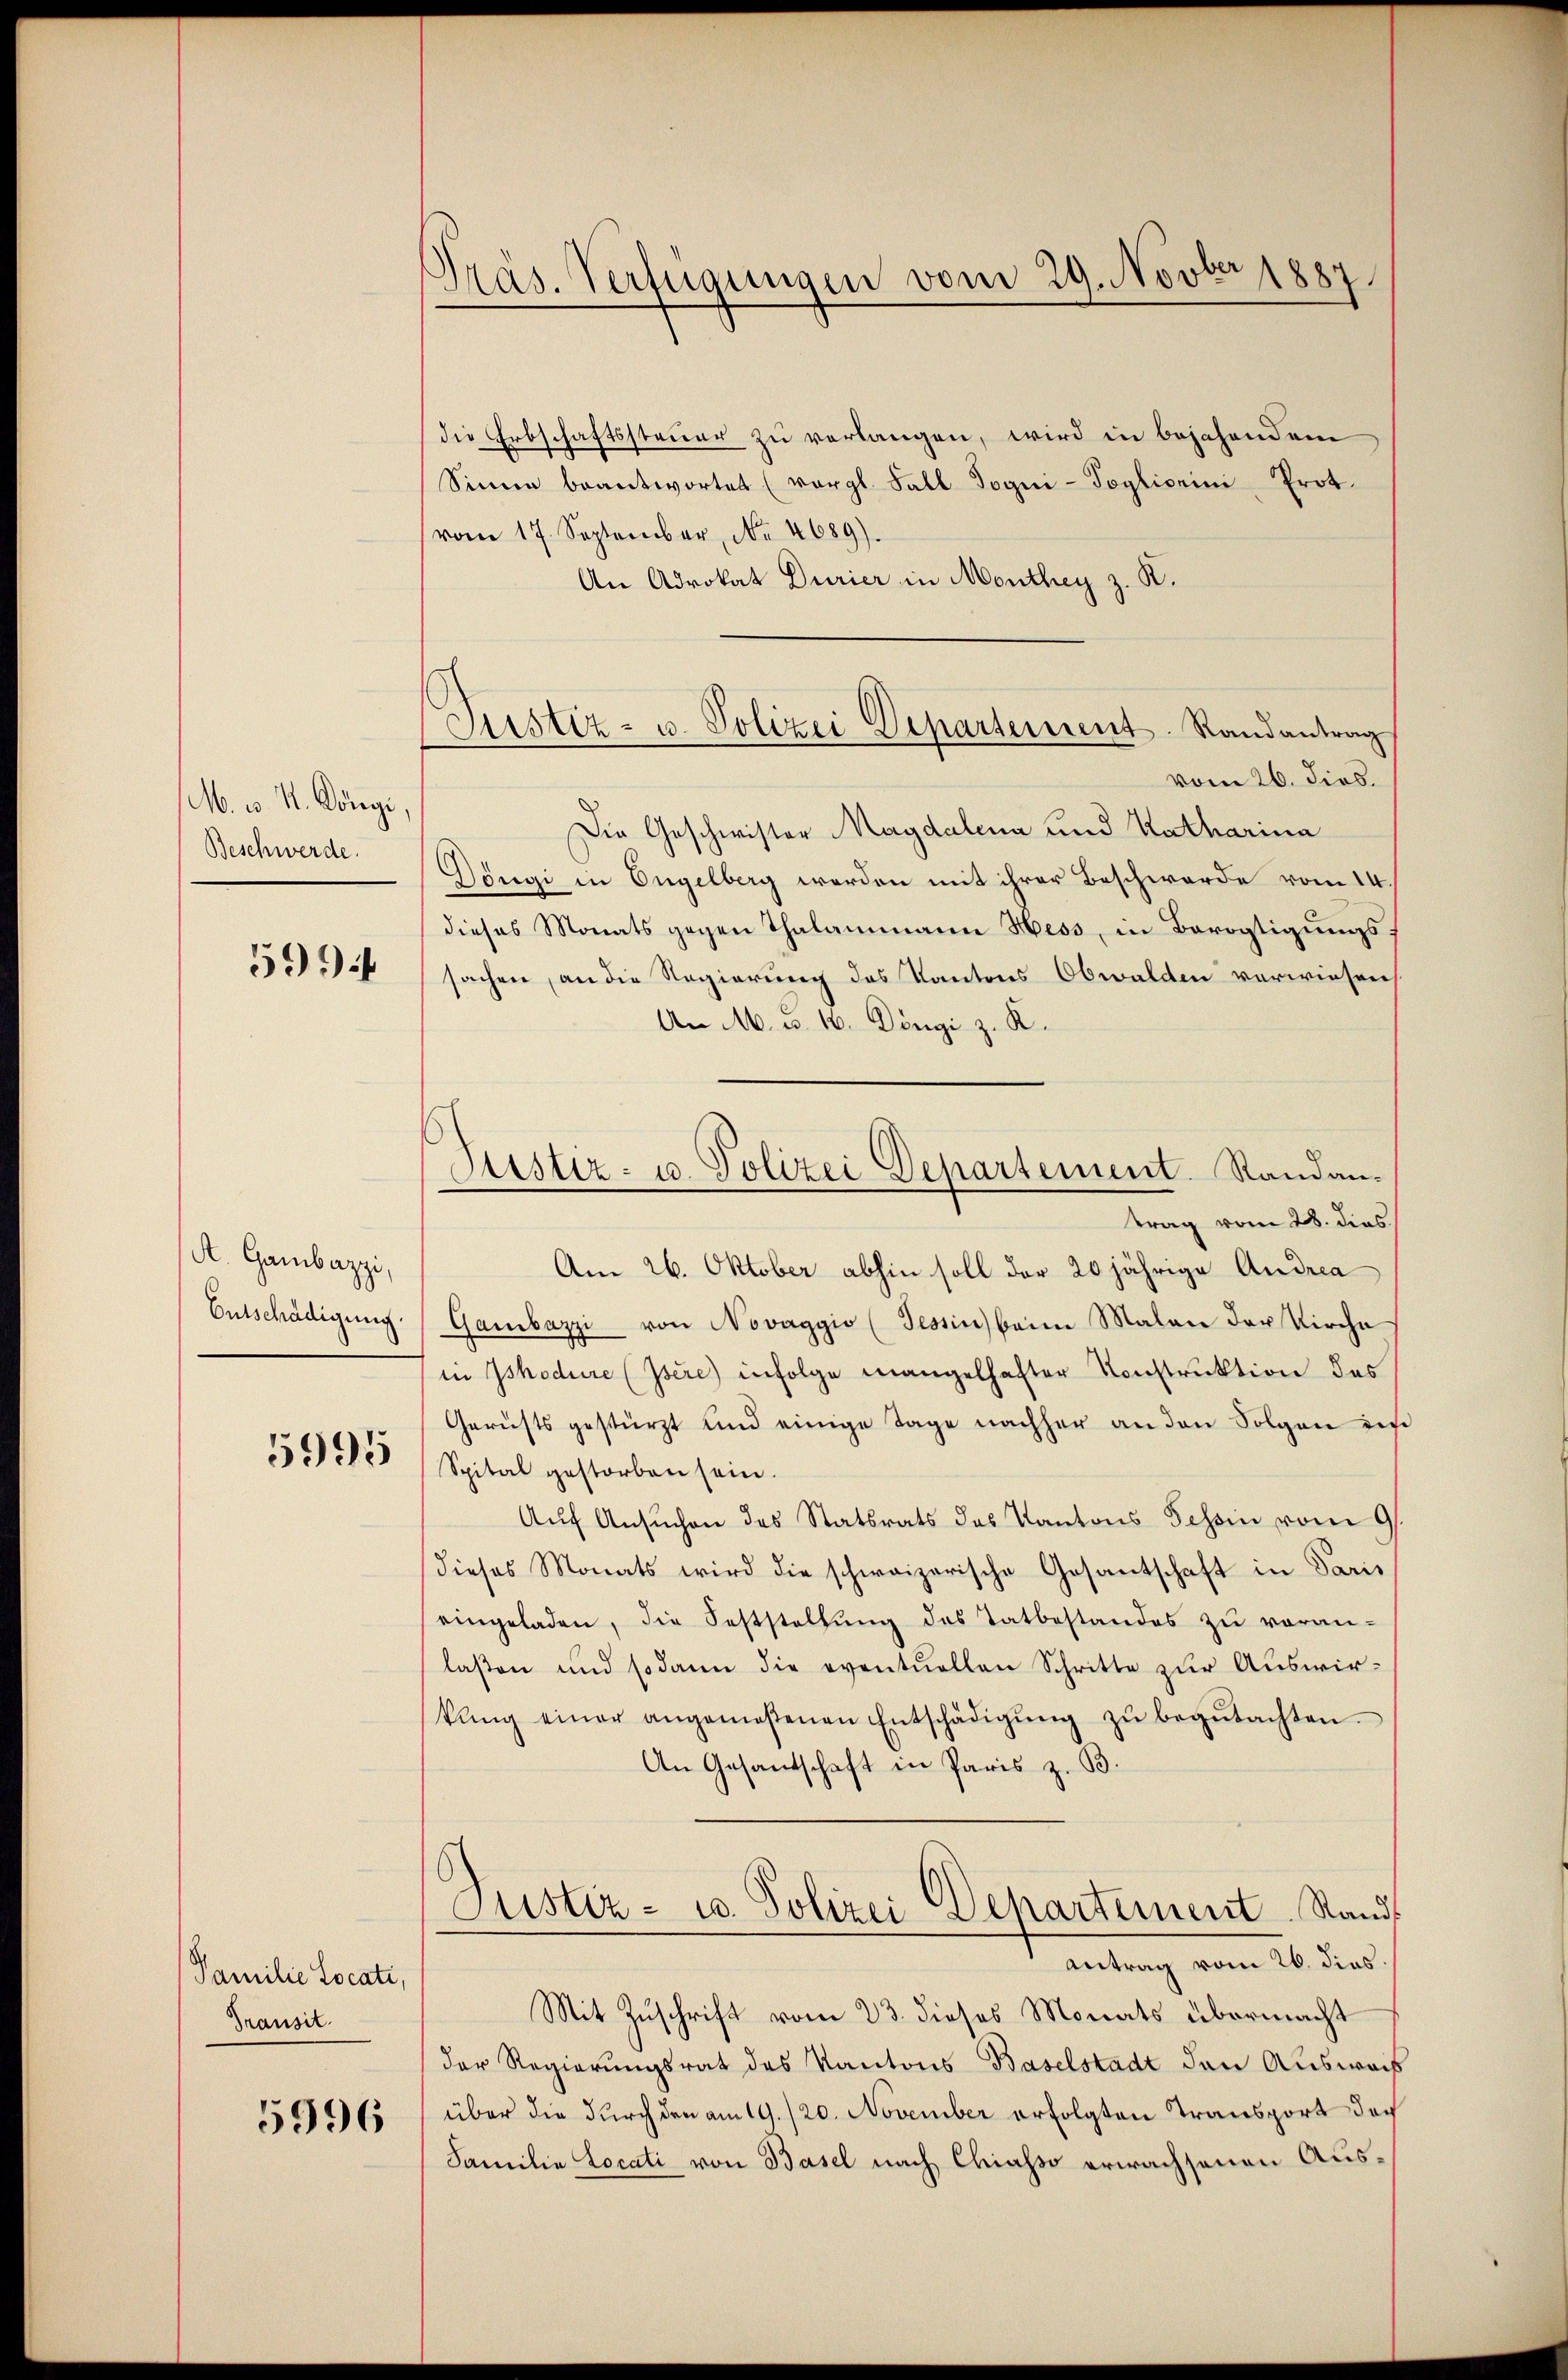
M. v. M. Döngi,
Beschwerde.

599

A. Gambazzi,
Entschädigung

5995

Familie Locati,
Transit
5996

Präs. Verfügungen vom 29. Novbr 1887

Justiz- u. Polizei Departement. Randantrag

Justiz- u. Polizei Departement. Randantrag vom 28. dies

die Erbschaftssteuer zu verlangen, wird in bejahendem
Sinne beantwortet (vergl. Fall Sogni-Toglionini Prot.
vom 17. September, No 4689).
An Advokat Durier in Monthey z. R.
vom 26. dies.
Die Geschwister Magdalena und Katharina
Döngi in Engelberg werden mit ihrer Beschwerde vom 14.
dieses Monats gegen Thalammann Hess, in Bevogtigungssachen, an die Regierung des Kantons Obwalden verwiesen
An M. u. 16. Döngi z. K.
Am 26. Oktober abhin soll der 20 jährige Andrea
Gambazzi von Novaggio (Tessin beim Malen der Kirche
in Ishodure (Isere infolge mangelhafter Konstruktion des
Gerichts gestürzt und einige Tage nachher an den Folgen des
Spital gestorben sein
Aŭf Ansŭchen des Statsrats des Kantons Schein vom 9
dieses Monats wird die schweizerische Gesantschaft in Paris
eingeladen, die Feststellŭng des Tatbestandes zu voran-
laßen und sodann die eventuellen Schritte zur Auswirkŭng einer angemeßenen Entschädigŭng zŭ begŭtachten.
An Gesandschaft in Paris z. B.
Justiz- u. Polizei Departement Stand
Antrag vom 26. dies.
Mit Zuschrift vom 23. dieses Monats übermacht
der Regierungsrat des Kantons Baselstadt den Ausweis
über die durch den am 19./20. November erfolgten Transport der
Familie Locati von Basel nach Chiasso erwachsenen Aus¬